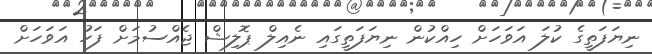
ނިޔަފަތީގެ ކުލަ އަވަހަށް ހިއްކުން ނިޔަފަތީގައި ނެއިލް ޕޮލިޝް ޖެއްސުމަށް ފަހު އަވަހަށް